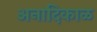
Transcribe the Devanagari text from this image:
अनादिकाळ